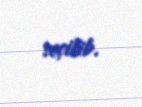
seçilib.